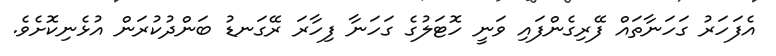
އެފަހަރު ގަހަނާތައް ފޭރިގެންފައި ވަނީ ހޮޓަލުގެ ގަހަނާ ފިހާރަ ރޭގަނޑު ބަންދުކުރަން އުޅެނިކޮށެވެ.